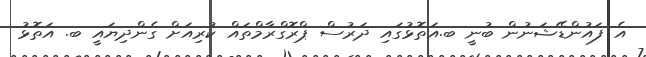
އެ ފައުންޑޭޝަނުން ބުނީ ބ.އަތޮޅުގައި ދަރުސް ޕްރޮގްރާމްތައް ކުރިއަށް ގެންދިޔައީ ބ. އަތޮޅު